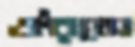
ঔরসে